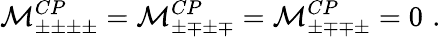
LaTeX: {\cal M}_{\pm\pm\pm\pm}^{CP}={\cal M}_{\pm\mp\pm\mp}^{CP}={\cal M}_{\pm\mp\mp\pm}^{CP}=0\, \, .